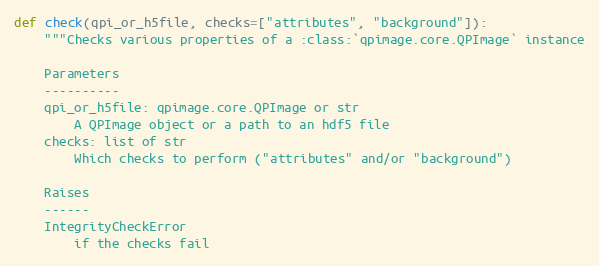
Language: Python
def check(qpi_or_h5file, checks=["attributes", "background"]):
    """Checks various properties of a :class:`qpimage.core.QPImage` instance

    Parameters
    ----------
    qpi_or_h5file: qpimage.core.QPImage or str
        A QPImage object or a path to an hdf5 file
    checks: list of str
        Which checks to perform ("attributes" and/or "background")

    Raises
    ------
    IntegrityCheckError
        if the checks fail